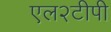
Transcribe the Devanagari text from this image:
एल२टीपी